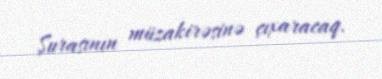
Şurasının müzakirəsinə çıxaracaq.